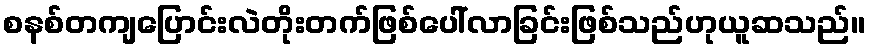
စနစ်တကျပြောင်းလဲတိုးတက်ဖြစ်ပေါ်လာခြင်းဖြစ်သည်ဟုယူဆသည်။